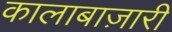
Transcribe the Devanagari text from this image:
कालाबाज़ारी